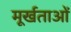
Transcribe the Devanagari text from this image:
मूर्खताओं